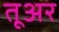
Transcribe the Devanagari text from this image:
तूअर